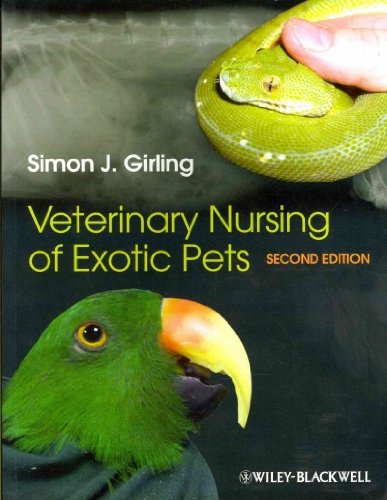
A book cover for Veterinary Nursing of Exotic Pets; Medical Books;